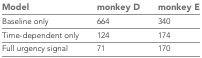
<table><thead><tr><td><b>Model</b></td><td><b>monkey D</b></td><td><b>monkey E</b></td></tr></thead><tbody><tr><td>Baseline only</td><td>664</td><td>340</td></tr><tr><td>Time-dependent only</td><td>124</td><td>174</td></tr><tr><td>Full urgency signal</td><td>71</td><td>170</td></tr></tbody></table>